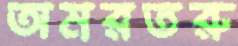
অমরতরু